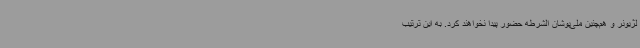
لژیونر و هم‌چنین ملی‌پوشان الشرطه حضور پیدا نخواهند کرد. به این ترتیب